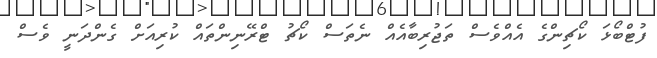
ފުޓްބޯޅަ ކޯޗިންގެ އެއްވެސް ތަޖުރިބާއެއް ނެތަސް ކޯޗު ޓްރޭނިންތައް ކުރިއަށް ގެންދަނީ ވެސް